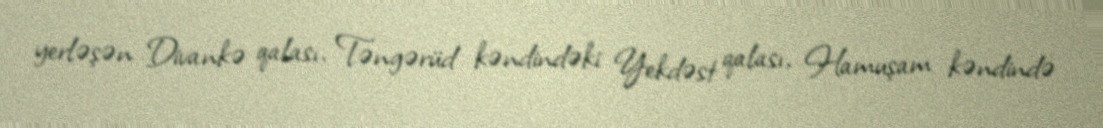
yerləşən Divankə qalası, Təngərüd kəndindəki Yekdəst qalası, Hamuşam kəndində